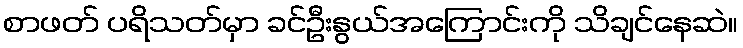
စာဖတ် ပရိသတ်မှာ ခင်ဦးနွယ်အကြောင်းကို သိချင်နေဆဲ။